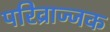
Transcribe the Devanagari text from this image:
परिव्राज्जक